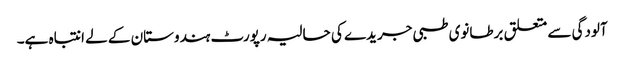
آلودگی سے متعلق برطانوی طبی جریدے کی حالیہ رپورٹ ہندوستان کے لے انتباہ ہے۔